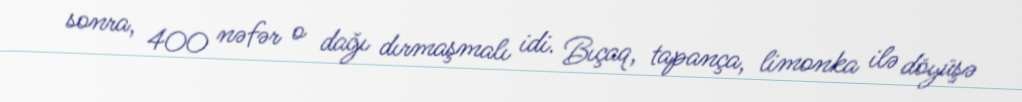
sonra, 400 nəfər o dağı dırmaşmalı idi. Bıçaq, tapança, limonka ilə döyüşə